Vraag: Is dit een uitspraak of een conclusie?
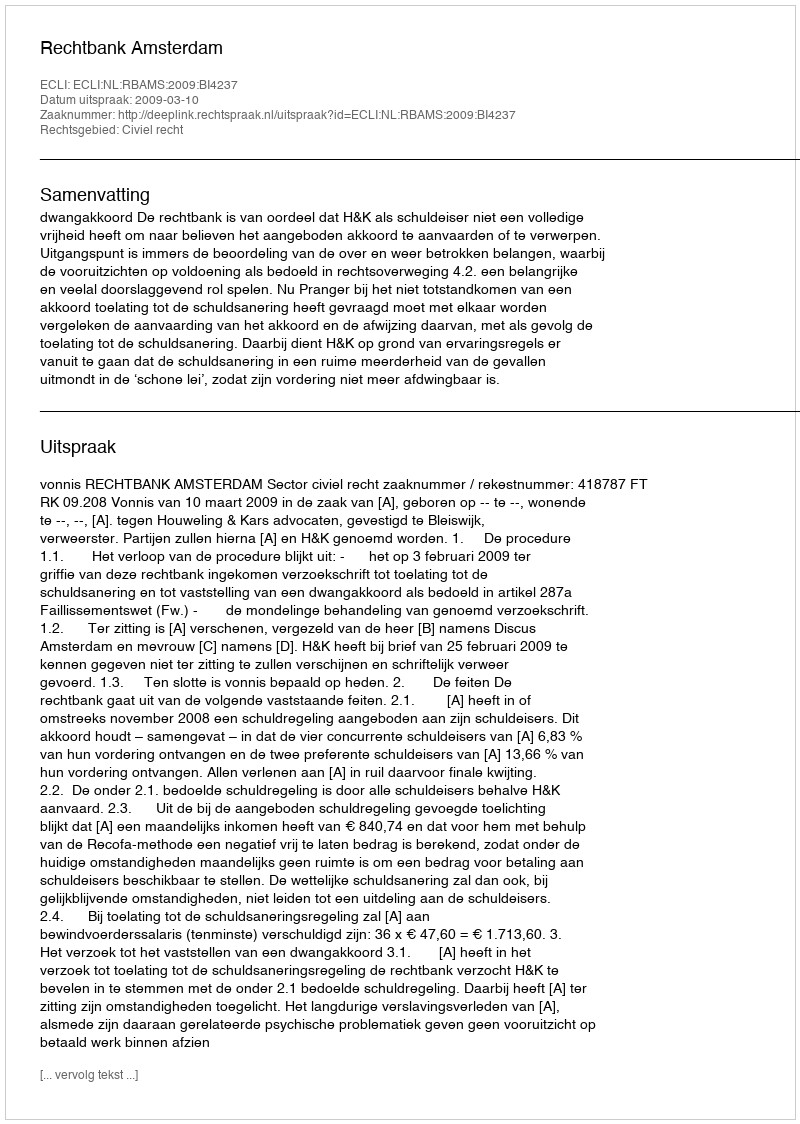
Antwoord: Uitspraak